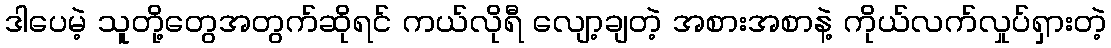
ဒါပေမဲ့ သူတို့တွေအတွက်ဆိုရင် ကယ်လိုရီ လျော့ချတဲ့ အစားအစာနဲ့ ကိုယ်လက်လှုပ်ရှားတဲ့